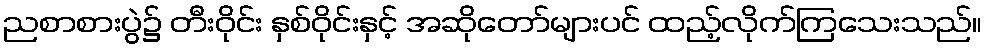
ညစာစားပွဲ၌ တီးဝိုင်း နှစ်ဝိုင်းနှင့် အဆိုတော်များပင် ထည့်လိုက်ကြသေးသည်။